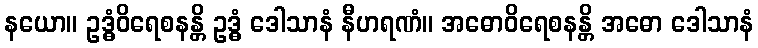
နယော။ ဥဒ္ဓံဝိရေစနန္တိ ဥဒ္ဓံ ဒေါသာနံ နီဟရဏံ။ အဓောဝိရေစနန္တိ အဓော ဒေါသာနံ